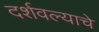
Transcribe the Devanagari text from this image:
दर्शवल्याचे